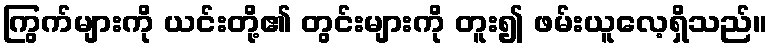
ကြွက်များကို ယင်းတို့၏ တွင်းများကို တူး၍ ဖမ်းယူလေ့ရှိသည်။